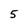
Character: 5